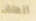
العادات